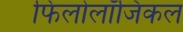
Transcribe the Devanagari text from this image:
फिलोलॉजिकल